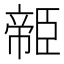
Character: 𦣭